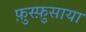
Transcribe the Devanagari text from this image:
फ़ुस्फ़ुसाया